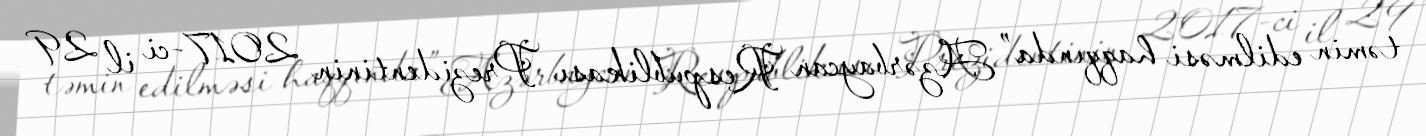
təmin edilməsi haqqında” Azərbaycan Respublikası Prezidentinin 2017-ci il 29